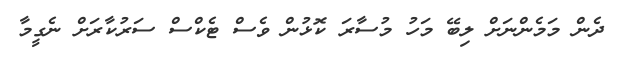
ދެން މަމެންނަށް ލިބޭ މަހު މުސާރަ ކޮޅުން ވެސް ޓެކްސް ސަރުކާރަށް ނެގީމާ